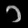
Digit: ၁